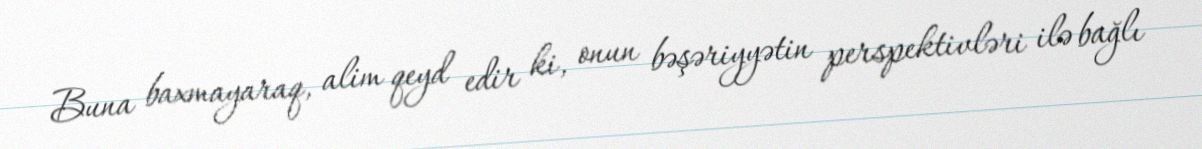
Buna baxmayaraq, alim qeyd edir ki, onun bəşəriyyətin perspektivləri ilə bağlı